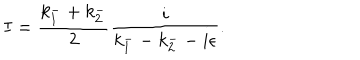
LaTeX: I = \frac { k _ { 1 } ^ { - } + k _ { 2 } ^ { - } } { 2 } \frac { i } { k _ { 1 } ^ { - } - k _ { 2 } ^ { - } - i \epsilon } .